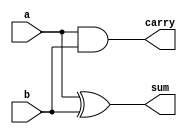
`timescale 1ns / 1ps
//////////////////////////////////////////////////////////////////////////////////
// Company: 
// Engineer: 
// 
// Design Name: 
// Module Name:    ha 
// Project Name: 
// Target Devices: 
// Tool versions: 
// Description: 
//
// Dependencies: 
//
// Revision: 
// Revision 0.01 - File Created
// Additional Comments: 
//
//////////////////////////////////////////////////////////////////////////////////
module ha(output sum, output carry, input a, input b
    );
xor x1(sum,a,b);
and a1(carry,a,b);
endmodule